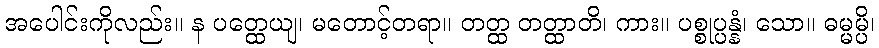
အပေါင်းကိုလည်း။ န ပတ္ထေယျ၊ မတောင့်တရာ။ တတ္ထ တတ္ထာတိ၊ ကား။ ပစ္စုပ္ပန္နံ၊ သော။ ဓမ္မမ္ပိ၊